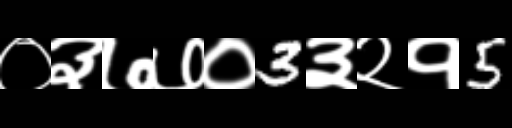
Text: ०३७७०3३२१5